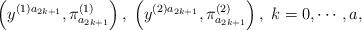
LaTeX: \begin{align*}\left( y^{(1)a_{2k+1}},\pi _{a_{2k+1}}^{(1)}\right) ,\;\left(y^{(2)a_{2k+1}},\pi _{a_{2k+1}}^{(2)}\right) ,\;k=0,\cdots ,a, \end{align*}